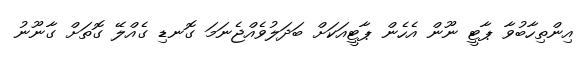
އިންތިހާބުވާ ޕާޓީ ނޫން އެހެން ޕާޓީއަކަށް ބަދަލުވެއްޖެނަމަ ގޮނޑި ގެއްލޭ ގޮތަށް ގާނޫނު